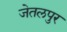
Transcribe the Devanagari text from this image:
जेतलपुर